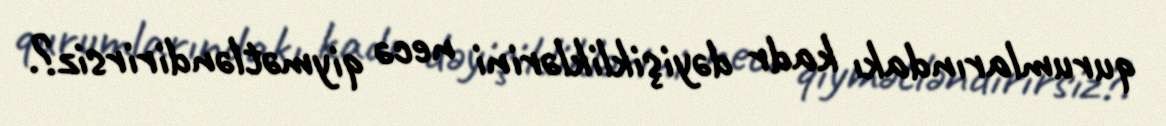
qurumlarındakı kadr dəyişikliklərini necə qiymətləndirirsiz?.